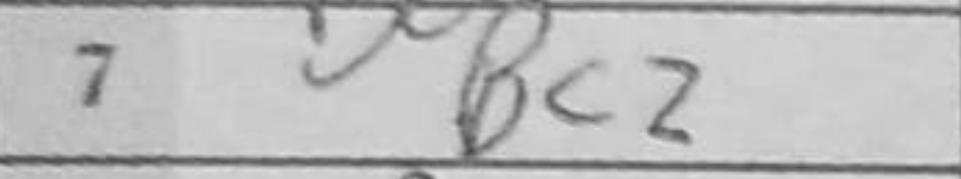
Transcription: Bc2